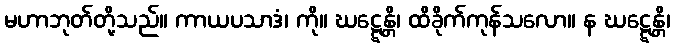
မဟာဘုတ်တို့သည်။ ကာယပသာဒံ၊ ကို။ ဃဋ္ဋေန္တိ၊ ထိခိုက်ကုန်သလော။ န ဃဋ္ဋေန္တိ၊